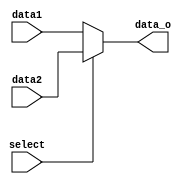
`timescale 1ns/1ns
module MUX5(data1, data2, select, data_o);
input  [4:0] data1;
input  [4:0] data2;
input        select;
output [4:0] data_o;
assign data_o = (select == 0)?data1:data2;

endmodule